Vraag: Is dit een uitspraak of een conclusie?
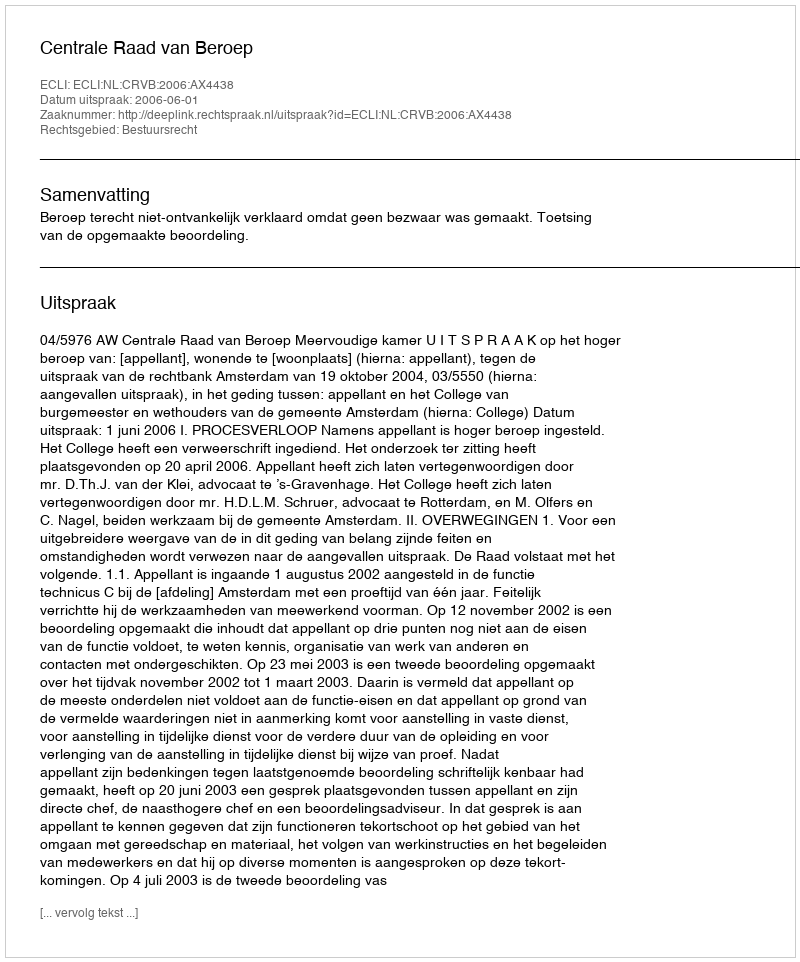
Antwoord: Uitspraak